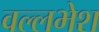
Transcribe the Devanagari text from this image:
वल्लभेश